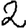
Digit: 2